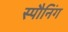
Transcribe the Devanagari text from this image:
स्पौनिंग